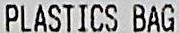
PLASTICS BAG